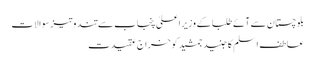
بلوچستان سے آئے طلبا کے وزیراعلیٰ پنجاب سے تند وتیزسوالات
عاطف اسلم کا جنید جمشید کو خراج عقیدت